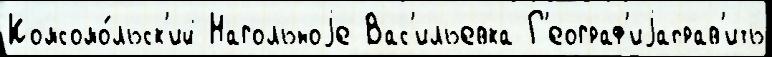
Комсомо́льск'ий Нагольноjе Вас'ильевка Г'еограф'иjаправ'ить